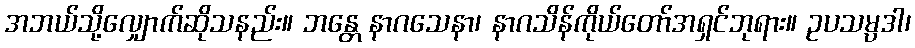
အဘယ်သို့လျှောက်ဆိုသနည်း။ ဘန္တေ နာဂသေနာ၊ နာဂသိန်ကိုယ်တော်အရှင်ဘုရား။ ဥပသမ္ပဒါ၊